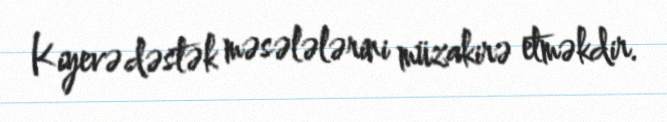
Kiyevə dəstək məsələlərini müzakirə etməkdir.